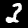
Label: 3